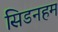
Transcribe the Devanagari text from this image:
सिडनहम